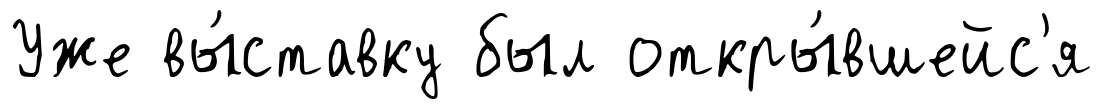
Уже вы́ставку был откры́вшейс'я